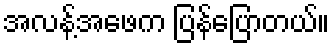
အလန့်အဖေက ပြန်ပြောတယ်။